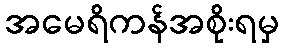
အမေရိကန်အစိုးရမှ